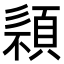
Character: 𩓄